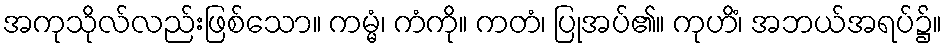
အကုသိုလ်လည်းဖြစ်သော။ ကမ္မံ၊ ကံကို။ ကတံ၊ ပြုအပ်၏။ ကုဟိံ၊ အဘယ်အရပ်၌။